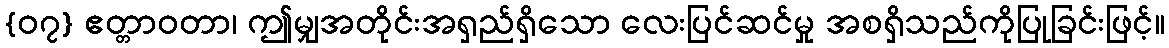
{၀၇} ဧတ္တာဝတာ၊ ဤမျှအတိုင်းအရှည်ရှိသော လေးပြင်ဆင်မှု အစရှိသည်ကိုပြုခြင်းဖြင့်။